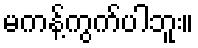
မကန့်ကွက်ပါဘူး။